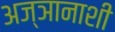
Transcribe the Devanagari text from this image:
अज्ञानाशी